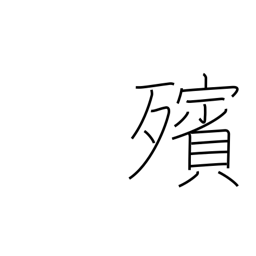
Meaning: lying in state